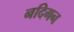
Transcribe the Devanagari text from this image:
नदिगन